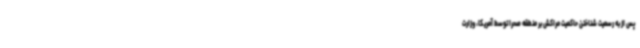
پس از به رسمیت شناختن حاکمیت مراکش بر منطقه صحرا توسط آمریکا، وزارت